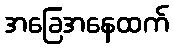
အခြေအနေထက်